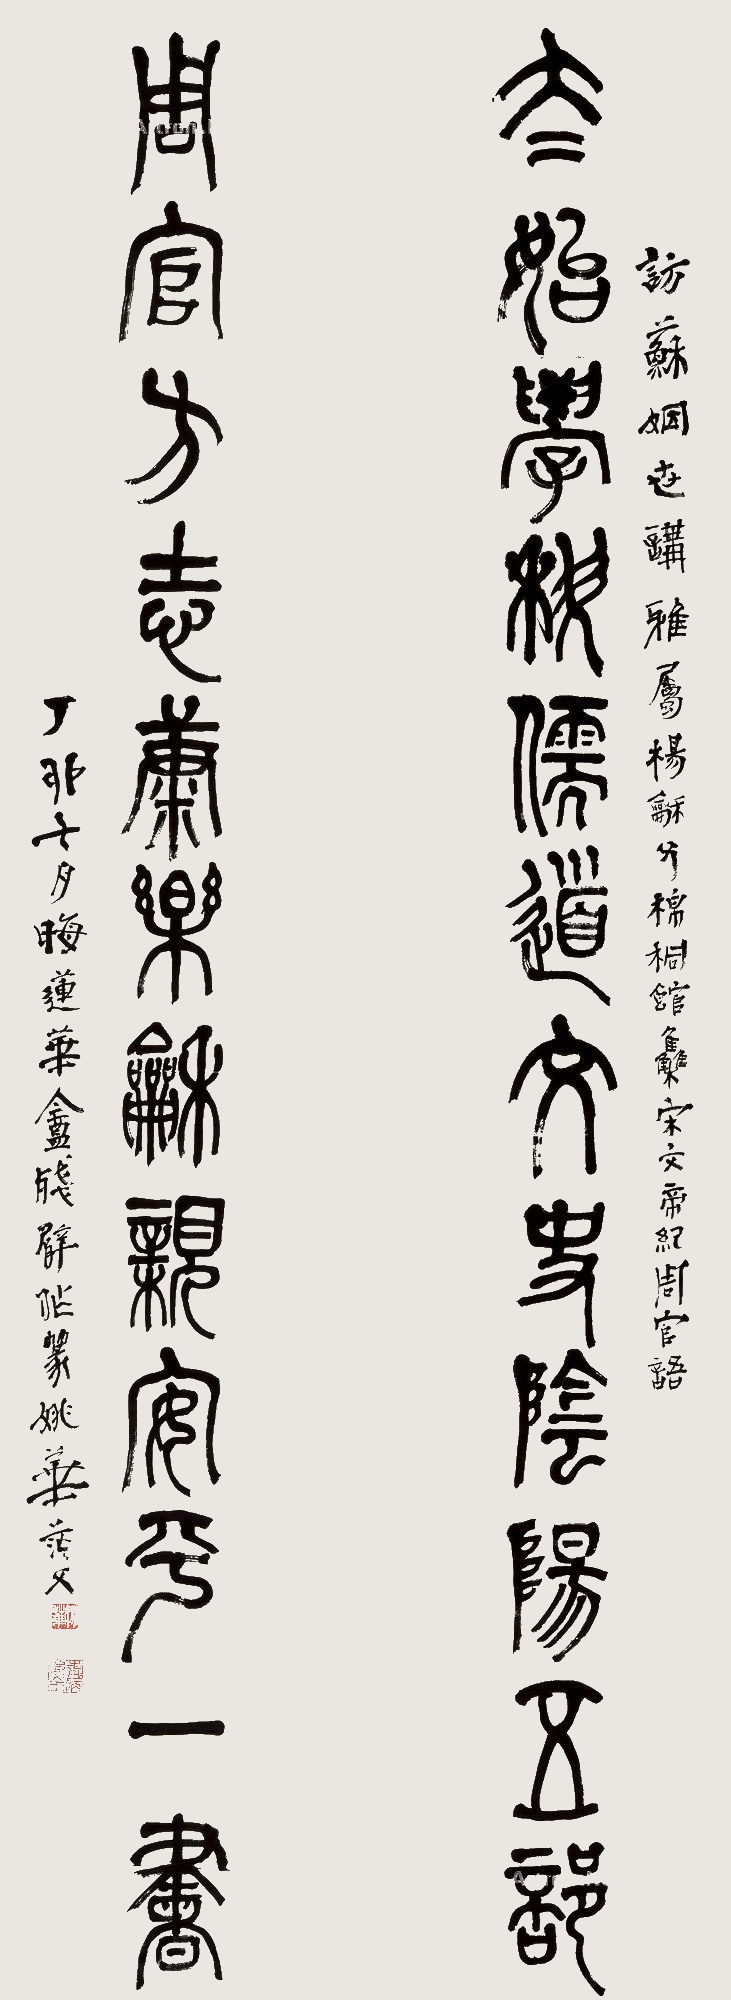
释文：太始学科儒道文史阴阳五部，周官方志康乐和亲安平一书。访苏姻世讲雅属。杨和父棉秱馆集宋文帝纪周官语。丁卯十月晦，莲华庵残臂作篆。姚华茫茫父。